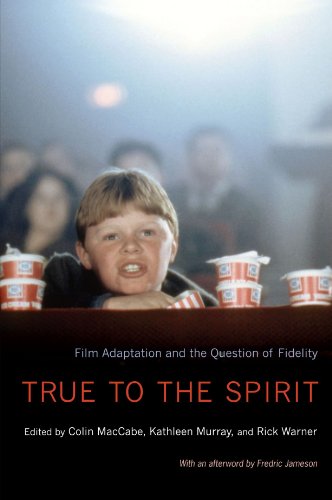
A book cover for True to the Spirit: Film Adaptation and the Question of Fidelity; Humor & Entertainment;